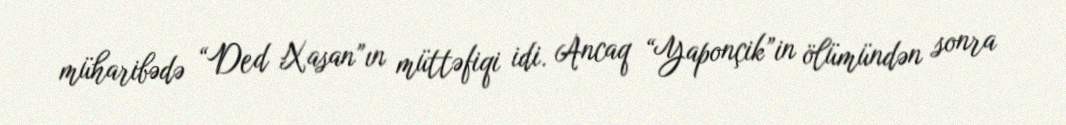
müharibədə “Ded Xasan”ın müttəfiqi idi. Ancaq “Yaponçik”in ölümündən sonra